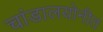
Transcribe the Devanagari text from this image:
चांडालयोनीत